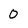
Character: O